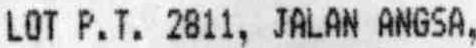
LOT P.T. 2811, JALAN ANGSA,